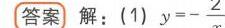
\boxed{答案} 解：(1) \(y = -\dfrac{2}{  } \)